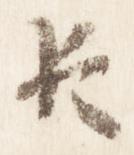
臣